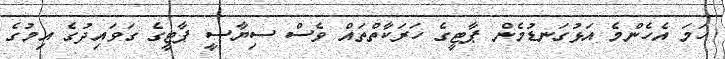
ހަމަ އެހެންމެ އަޅުގަނޑުމެން ޕާޓީގެ ހަރަކާތްތައް ވެސް ސިޔާސީ ޕާޓީގެ ގަވައިދުގެ އިމުގެ